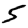
Digit: 5